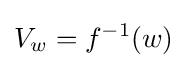
V_{w}=f^{-1}(w)